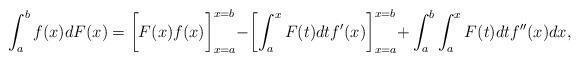
LaTeX: \begin{align*}\int_a^bf(x)dF(x)=\biggl[F(x)f(x)\biggl]_{x=a}^{x=b}-\biggl[\int_a^xF(t)dtf'(x)\biggl]_{x=a}^{x=b}+\int_a^b\int_a^xF(t)dtf''(x)dx,\end{align*}